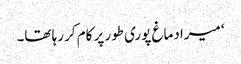
‘ میرا دماغ پوری طور پر کام کر رہا تھا۔